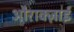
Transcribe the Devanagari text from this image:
औराक्ज़ाई